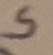
Text: S